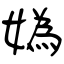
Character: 媯